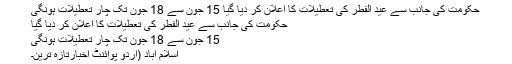
حکومت کی جانب سے عید الفطر کی تعطیلات کا اعلان کر دیا گیا 15 جون سے 18 جون تک چار تعطیلات ہونگی
حکومت کی جانب سے عید الفطر کی تعطیلات کا اعلان کر دیا گیا
15 جون سے 18 جون تک چار تعطیلات ہونگی
اسلام آباد (اُردو پوائنٹ اخبارتازہ ترین۔